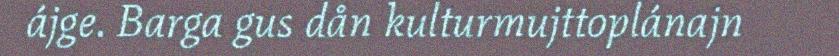
ájge. Barga gus dån kulturmujttoplánajn